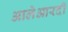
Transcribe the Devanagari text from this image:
आलेआरदी